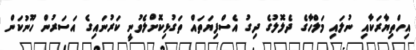
އިހްތިޔާރަކާއި ނުލައި މަލްހާގެ ދެލޮލުގެ ދިގު އެސްފިޔަތައް ތަގުޅިކޮށްލެވުނީ ކަރުނައިގެ އަސަރުން ހޫނުކަން